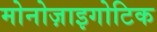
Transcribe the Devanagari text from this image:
मोनोज़ाइगोटिक